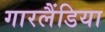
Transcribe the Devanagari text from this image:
गारलैंडिया